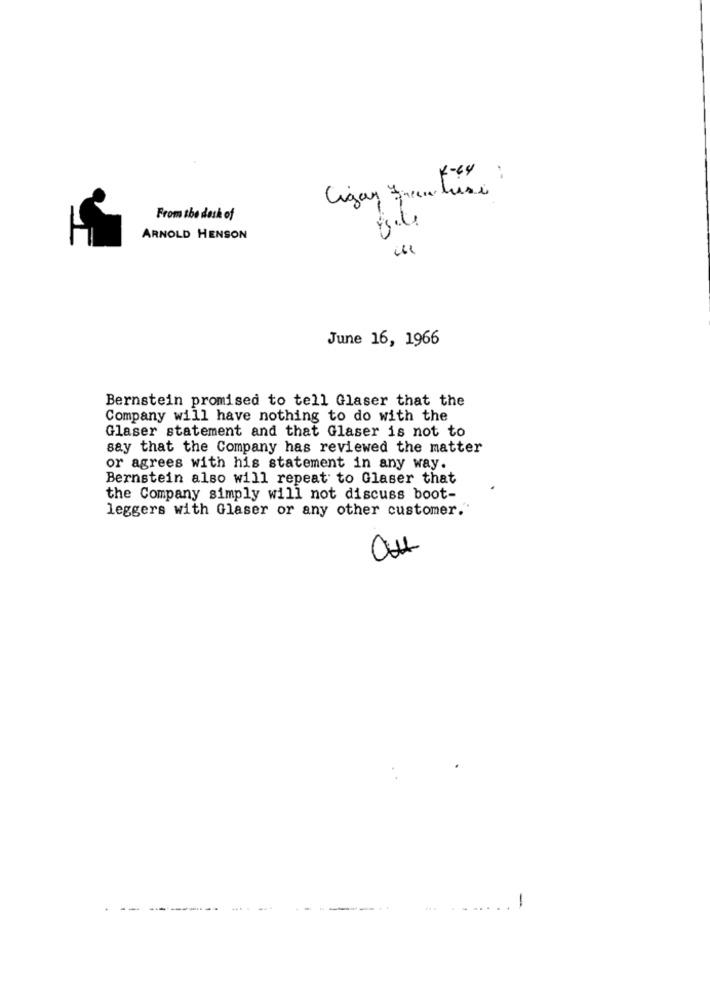
Cigar Franchise
From the desk of
ARNOLD HENSON
June 16, 1966
Bernstein promised to tell Glaser that the
Company will have nothing to do with the
Glaser statement and that Glaser is not to
say that the Company has reviewed the matter
or agrees with his statement in any way.
Bernstein also will repeat to Glaser that
the Company simply will not discuss boot-
leggers with Glaser or any other customer."
Ou
-
--